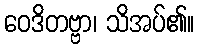
ဝေဒိတဗ္ဗာ၊ သိအပ်၏။